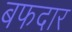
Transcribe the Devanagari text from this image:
बफदार